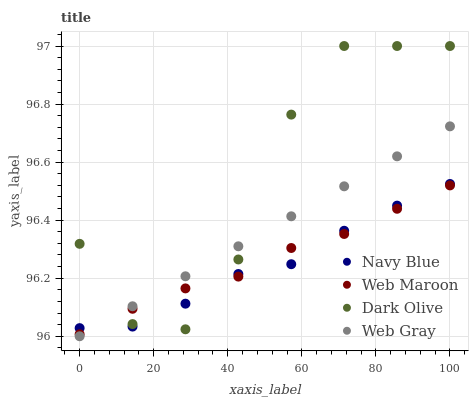
| xaxis_label | Navy Blue | Web Maroon | Dark Olive | Web Gray |
 | --- | --- | --- | --- | --- |
 | 0 | 96 | 96 | 96.3 | 96 |
 | 14.3 | 96 | 96.1 | 96 | 96.1 |
 | 28.6 | 96.1 | 96.2 | 96 | 96.2 |
 | 42.9 | 96.2 | 96.2 | 96.3 | 96.3 |
 | 57.1 | 96.2 | 96.3 | 96.8 | 96.4 |
 | 71.4 | 96.4 | 96.4 | 97 | 96.5 |
 | 85.7 | 96.5 | 96.4 | 97 | 96.6 |
 | 100 | 96.5 | 96.5 | 97 | 96.7 |